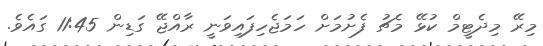
މިރޭ މިދެޓީމް ކުޅޭ މެޗު ފެށުމަށް ހަމަޖެހިފައިވަނީ ރާއްޖޭ ގަޑިން 11:45 ގައެވެ.